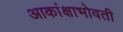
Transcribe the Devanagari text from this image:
आकांक्षाभोवती